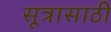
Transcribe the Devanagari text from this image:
सूत्रासाठी